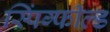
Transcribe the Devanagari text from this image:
स्पिंग्फील्ड